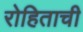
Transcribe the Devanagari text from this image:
रोहिताची